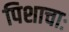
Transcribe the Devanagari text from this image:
पिशाचाः